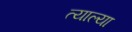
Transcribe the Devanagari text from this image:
त्याल्या